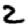
Digit: 2